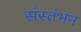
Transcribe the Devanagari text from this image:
संस्तंभन